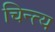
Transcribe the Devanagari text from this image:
चिन्त्य